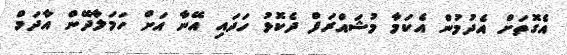
އެގޮތަށް އެދުމުން އެކަމާ މުޝައްރަފް ދެކޮޅު ހަދައި އޭނާ އަށް ހަމަލާދޭން އާދަމް